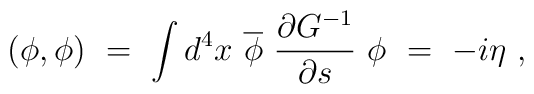
(\phi,\phi)\ =\ \int d^4x\ \overline \phi\ \frac{\partial G^{-1}}{\partial s}\ \phi\ =\ -i\eta\ ,